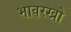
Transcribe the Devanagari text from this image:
भावरखो